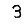
Digit: 3